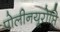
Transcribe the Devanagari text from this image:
पोलीनयूरोप्ति